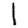
Digit: 1